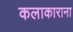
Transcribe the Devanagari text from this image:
कलाकाराना